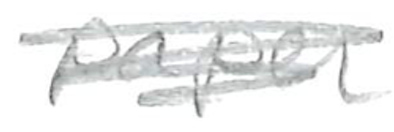
Text: paper
Cross-out: scratch
Writing tool: pencil